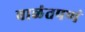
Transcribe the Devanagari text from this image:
बाळंतपणं